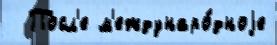
  Посл'е м'еждунаро́дноjе